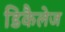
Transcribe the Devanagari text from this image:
डिकैलेज